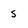
Character: 5